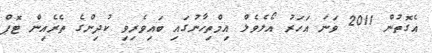
އެގޮތުން 2011 ވަނަ އަހަރު އޯލެވެލް އިމްތިހާނުގައި ބައިވެރިވި ކުދިންގެ ތެރެއިން ޓޮޕް